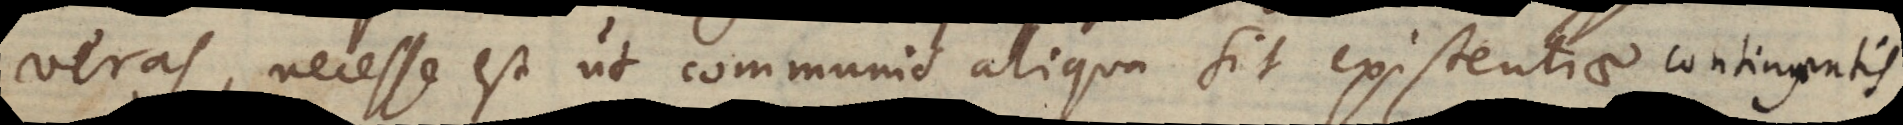
veras, necesse est ut communis aliqua sit existentiae contingentis